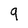
Character: 9